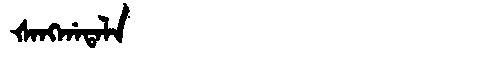
Manchu: ᡧᠠᠩᡤᠠᡨᠠᠯᠠ
Romanization: ŠANGGATALA